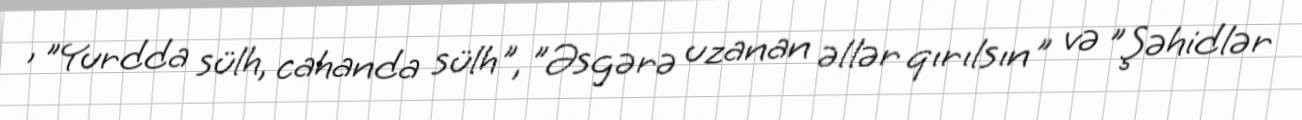
, "Yurdda sülh, cahanda sülh", "Əsgərə uzanan əllər qırılsın" və "Şəhidlər